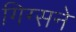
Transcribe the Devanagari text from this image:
गिग्सने